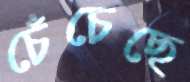
চেঁচেছে